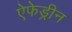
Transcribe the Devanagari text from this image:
ऐफेड्रीन